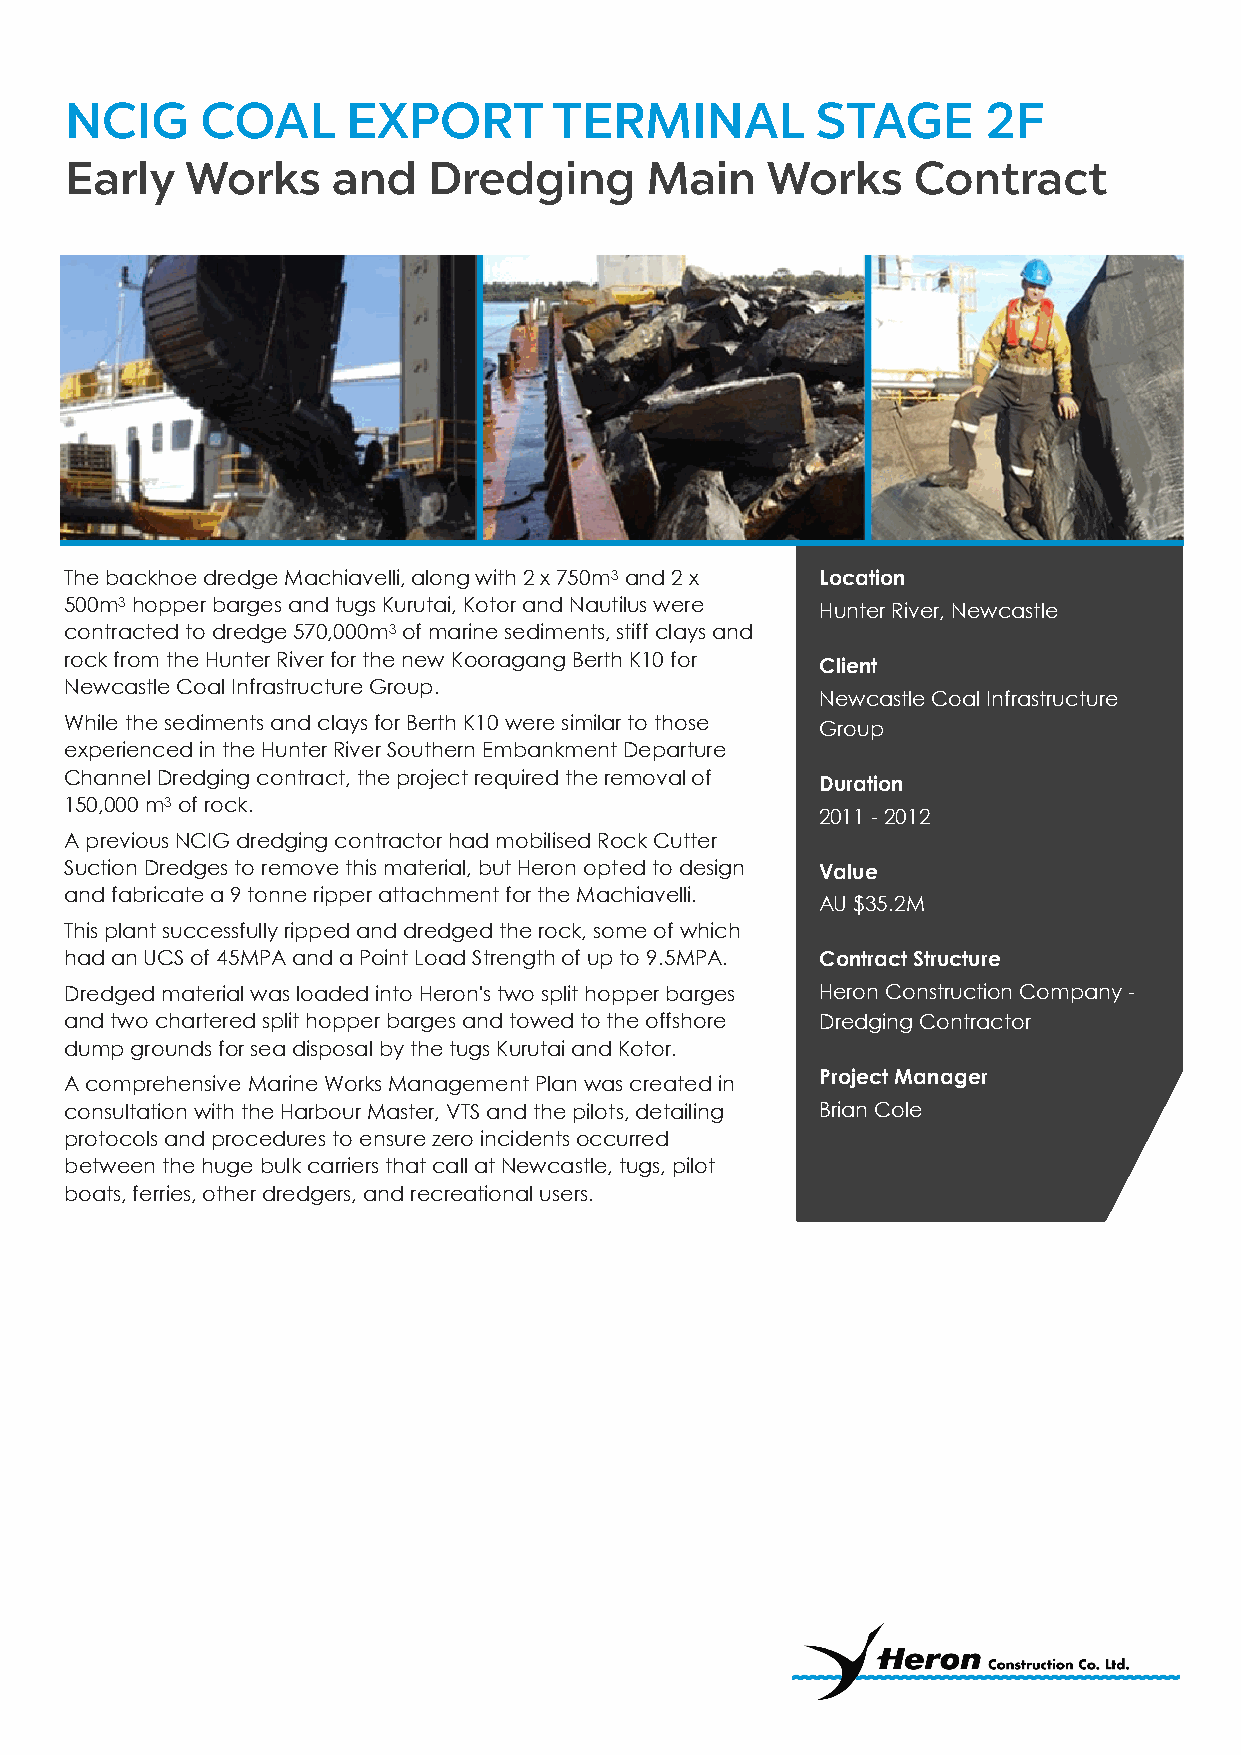
The backhoe dredge Machiavelli, along with 2 x 750m3 and 2 x Location
 500m3 hopper barges and tugs Kurutai, Kotor and Nautilus were Hunter River, Newcastle
 contracted to dredge 570,000m3 of marine sediments, stiff clays and
 rock from the Hunter River for the new Kooragang Berth K10 for Client
 Newcastle Coal Infrastructure Group.
 Newcastle Coal Infrastructure
 While the sediments and clays for Berth K10 were similar to those Group
 experienced in the Hunter River Southern Embankment Departure
 Channel Dredging contract, the project required the removal of Duration
 150,000 m3 of rock.
 2011 - 2012
 A previous NCIG dredging contractor had mobilised Rock Cutter
 Suction Dredges to remove this material, but Heron opted to design Value
 and fabricate a 9 tonne ripper attachment for the Machiavelli.
 AU $35.2M
 This plant successfully ripped and dredged the rock, some of which
 had an UCS of 45MPA and a Point Load Strength of up to 9.5MPA. Contract Structure
 Dredged material was loaded into Heron's two split hopper barges Heron Construction Company -
 and two chartered split hopper barges and towed to the offshore Dredging Contractor
 dump grounds for sea disposal by the tugs Kurutai and Kotor.
 Project Manager
 A comprehensive Marine Works Management Plan was created in
 consultation with the Harbour Master, VTS and the pilots, detailing Brian Cole
 protocols and procedures to ensure zero incidents occurred
 between the huge bulk carriers that call at Newcastle, tugs, pilot
 boats, ferries, other dredgers, and recreational users.